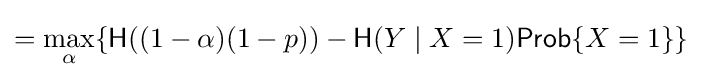
=\max _{\alpha }\{{\mathsf {H}}((1-\alpha )(1-p))-{\mathsf {H}}(Y\mid X=1){\mathsf {Prob}}\{X=1\}\}